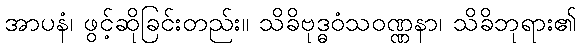
အာပနံ၊ ဖွင့်ဆိုခြင်းတည်း။ သိခိဗုဒ္ဓဝံသဝဏ္ဏနာ၊ သိခိဘုရား၏